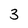
Character: 3